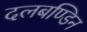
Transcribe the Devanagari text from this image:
दलबण्डिन